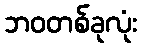
ဘဝတစ်ခုလုံး